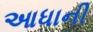
આધાની